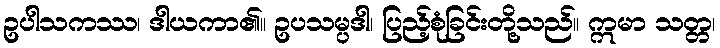
ဥပါသကဿ၊ ဒါယကာ၏။ ဥပသမ္ပဒါ၊ ပြည့်စုံခြင်းတို့သည်။ ဣမာ သတ္တ၊